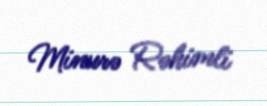
Minurə Rəhimli